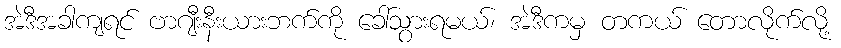
အဲဒီအခါကျရင် ဗာဂျီးနီးယားဘက်ကို ခေါ်သွားရမယ်၊ အဲဒီကမှ တကယ် တောလိုက်လို့